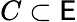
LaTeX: C\subset\mathsf{E}